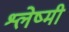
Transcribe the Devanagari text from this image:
श्लेष्मी